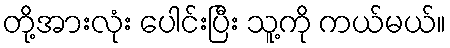
တို့အားလုံး ပေါင်းပြီး သူ့ကို ကယ်မယ်။